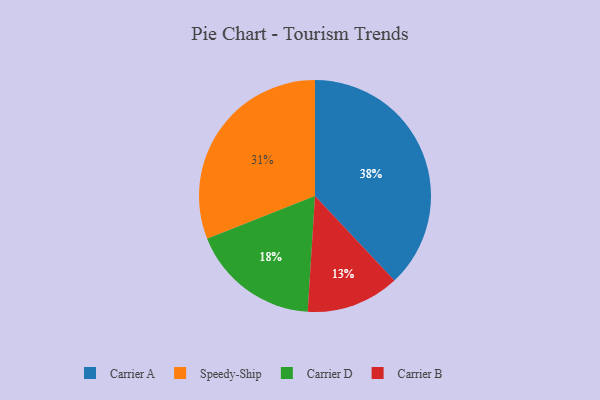
{"axis": {"x": "Category", "y": "Percentage"}, "legend": ["Carrier A", "Carrier B", "Carrier D", "Speedy-Ship"], "data": [{"x": "Carrier B", "y": 13, "type": "Carrier B"}, {"x": "Carrier A", "y": 38, "type": "Carrier A"}, {"x": "Speedy-Ship", "y": 31, "type": "Speedy-Ship"}, {"x": "Carrier D", "y": 18, "type": "Carrier D"}]}